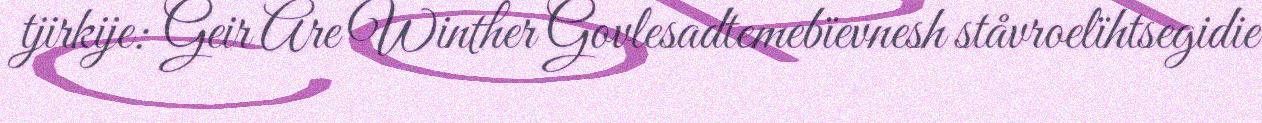
tjirkije: Geir Are Winther Govlesadtemebïevnesh ståvroelïhtsegidie